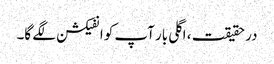
در حقیقت ، اگلی بار آپ کو انفیکشن لگے گا۔